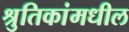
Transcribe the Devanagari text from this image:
श्रुतिकांमधील